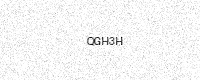
Text: QGH3H